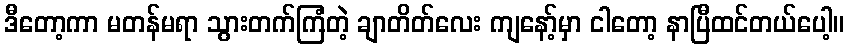
ဒီတော့ကာ မတန်မရာ သွားတက်ကြံတဲ့ ချာတိတ်လေး ကျနော့်မှာ ငါတော့ နာပြီထင်တယ်ပေါ့။